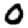
Digit: 0